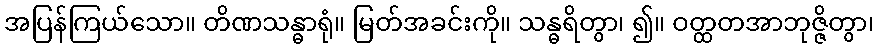
အပြန်ကြယ်သော။ တိဏသန္ဓာရုံ။ မြတ်အခင်းကို။ သန္ဓရိတွာ၊ ၍။ ဝတ္ထတအာဘုဇ္ဇိတွာ၊